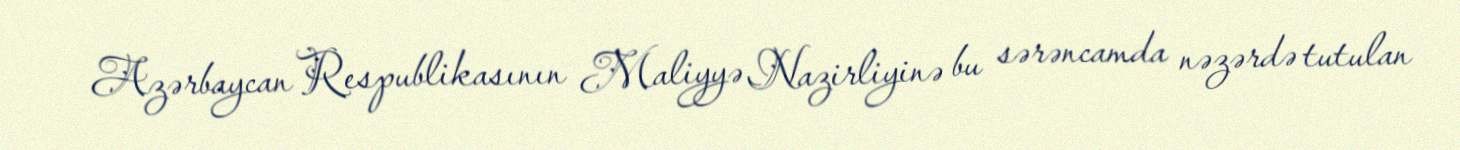
Azərbaycan Respublikasının Maliyyə Nazirliyinə bu sərəncamda nəzərdə tutulan